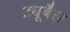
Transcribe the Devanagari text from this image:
ट्यूबैल